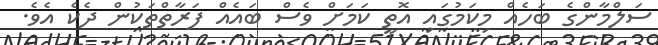
ސަލްމާންގެ ބަހެއް މިކަމުގައި އޮތީ ކަމަށް ވެސް ބައެއް ފަރާތްތަކުން ދެކެ އެވެ.